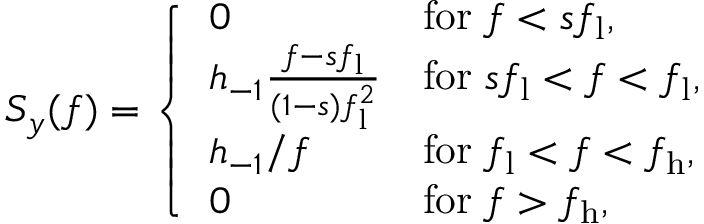
S _ { y } ( f ) = \left\{ \begin{array} { l l } { 0 } & { \mathrm { f o r } \; f < s f _ { \mathrm { l } } , } \\ { h _ { - 1 } \frac { f - s f _ { \mathrm { l } } } { ( 1 - s ) f _ { \mathrm { l } } ^ { 2 } } } & { \mathrm { f o r } \; s f _ { \mathrm { l } } < f < f _ { \mathrm { l } } , } \\ { h _ { - 1 } / f } & { \mathrm { f o r } \; f _ { \mathrm { l } } < f < f _ { \mathrm { h } } , } \\ { 0 } & { \mathrm { f o r } \; f > f _ { \mathrm { h } } , } \end{array} \right.